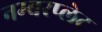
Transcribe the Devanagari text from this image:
नम्बरप्लेट